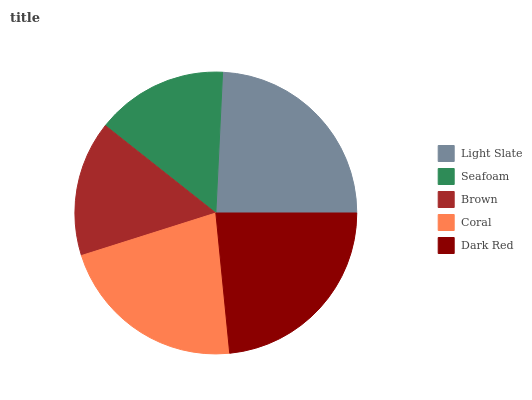
| Light Slate | Seafoam | Brown | Coral | Dark Red |
 | --- | --- | --- | --- | --- |
 | 24.2% | 15.1% | 15.6% | 21.7% | 23.4% |